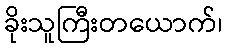
ခိုးသူကြီးတယောက်၊